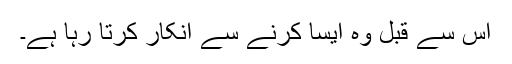
اس سے قبل وہ ایسا کرنے سے انکار کرتا رہا ہے۔